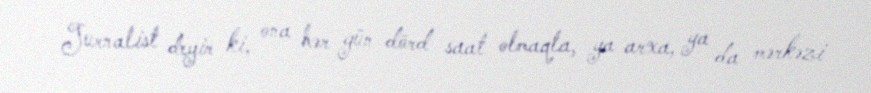
Jurnalist deyir ki, ona hər gün dörd saat olmaqla, ya arxa, ya da mərkəzi